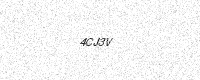
Text: 4CJ3V